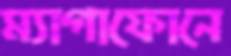
ম্যাগাফোনে